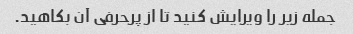
جمله زیر را ویرایش کنید تا از پرحرفی آن بکاهید.